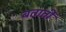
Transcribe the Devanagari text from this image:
बतातीं